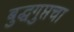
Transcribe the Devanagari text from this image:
बुद्धगुप्तचा